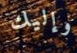
وإليك